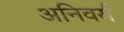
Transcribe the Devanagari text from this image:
अनिवर्य